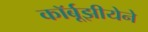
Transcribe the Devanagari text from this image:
कॉर्बूझीयेने